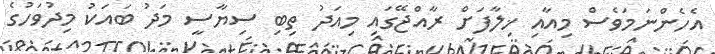
އެހެންނަމަވެސް މިއާއި ޚިލާފަށް ރާއްޖޭގައި މިއަދު ތިބި ސިޔާސީ މަދު ބައަކު މިދުވަހުގެ